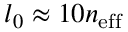
l _ { 0 } \approx 1 0 n _ { \mathrm { e f f } }